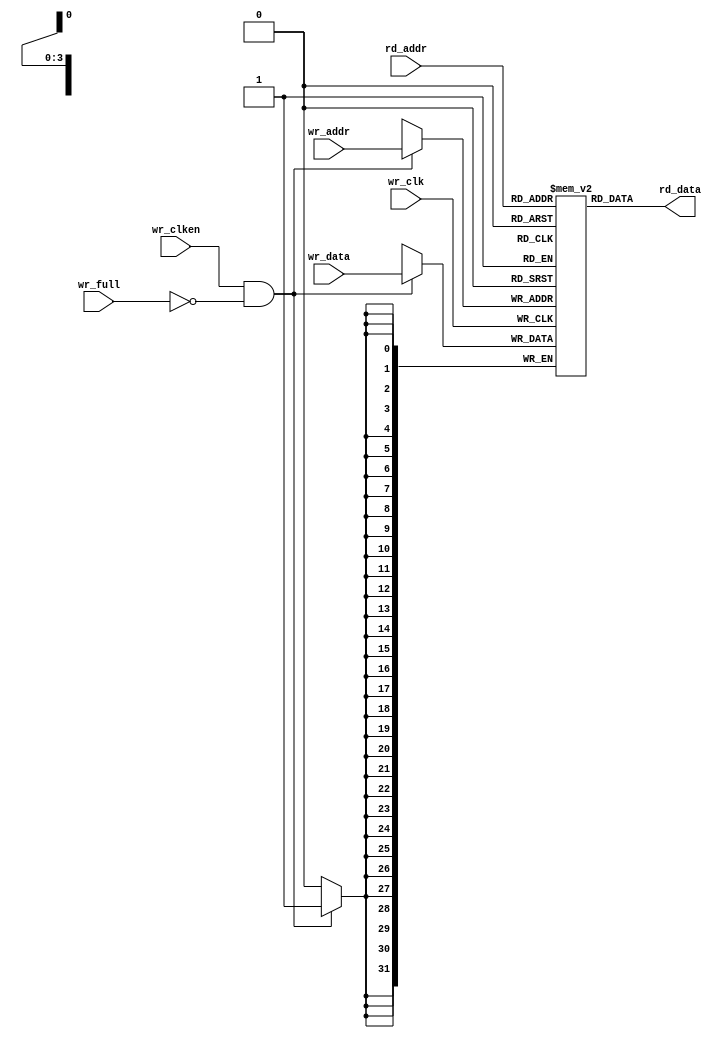
/* Copyright (c) 2013 by the author(s)
 *
 * Permission is hereby granted, free of charge, to any person obtaining a copy
 * of this software and associated documentation files (the "Software"), to deal
 * in the Software without restriction, including without limitation the rights
 * to use, copy, modify, merge, publish, distribute, sublicense, and/or sell
 * copies of the Software, and to permit persons to whom the Software is
 * furnished to do so, subject to the following conditions:
 *
 * The above copyright notice and this permission notice shall be included in
 * all copies or substantial portions of the Software.
 *
 * THE SOFTWARE IS PROVIDED "AS IS", WITHOUT WARRANTY OF ANY KIND, EXPRESS OR
 * IMPLIED, INCLUDING BUT NOT LIMITED TO THE WARRANTIES OF MERCHANTABILITY,
 * FITNESS FOR A PARTICULAR PURPOSE AND NONINFRINGEMENT. IN NO EVENT SHALL THE
 * AUTHORS OR COPYRIGHT HOLDERS BE LIABLE FOR ANY CLAIM, DAMAGES OR OTHER
 * LIABILITY, WHETHER IN AN ACTION OF CONTRACT, TORT OR OTHERWISE, ARISING FROM,
 * OUT OF OR IN CONNECTION WITH THE SOFTWARE OR THE USE OR OTHER DEALINGS IN
 * THE SOFTWARE.
 *
 * =============================================================================
 *
 * Author(s):
 *   Mark Sagi <mark.sagi@mytum.de>
 */
 module cdc_fifo_mem(/*AUTOARG*/
   // Outputs
   rd_data,
   // Inputs
   wr_data, wr_clken, wr_clk, wr_full, wr_addr, rd_addr
   );

   parameter DW = 32;
   parameter ADDRSIZE = 4;

   localparam DEPTH = 1<<ADDRSIZE;

   input [DW-1:0] wr_data;
   input wr_clken, wr_clk, wr_full;
   input [ADDRSIZE-1:0] wr_addr;
   input [ADDRSIZE-1:0] rd_addr;

   output [DW-1:0] rd_data;

   reg [DW-1:0] mem [0:DEPTH-1];

   assign rd_data = mem[rd_addr];

   always @(posedge wr_clk) begin
      if (wr_clken && !wr_full) begin
         mem[wr_addr] <= wr_data;
      end
   end

endmodule